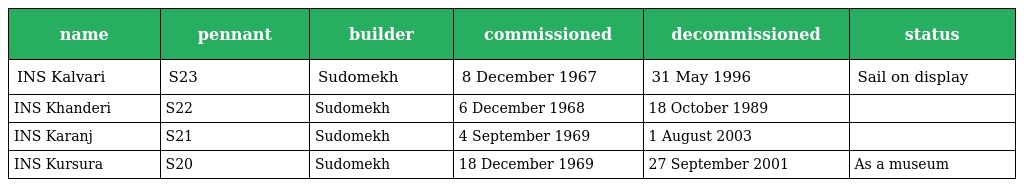
| name | pennant | builder | commissioned | decommissioned | status |
 | --- | --- | --- | --- | --- | --- |
 | INS Kalvari | S23 | Sudomekh | 8 December 1967 | 31 May 1996 | Sail on display |
 | INS Khanderi | S22 | Sudomekh | 6 December 1968 | 18 October 1989 |  |
 | INS Karanj | S21 | Sudomekh | 4 September 1969 | 1 August 2003 |  |
 | INS Kursura | S20 | Sudomekh | 18 December 1969 | 27 September 2001 | As a museum |